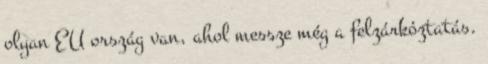
olyan EU ország van, ahol messze még a felzárkóztatás.